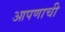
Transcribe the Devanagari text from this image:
आपणाची